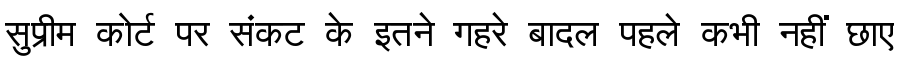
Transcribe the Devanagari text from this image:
सुप्रीम कोर्ट पर संकट के इतने गहरे बादल पहले कभी नहीं छाए